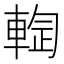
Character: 𰹙